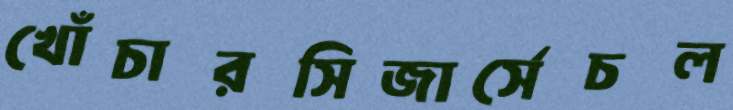
খোঁচারসিজার্সেচল